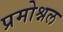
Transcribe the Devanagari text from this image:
प्रमोश्नल